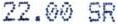
22.00 SR